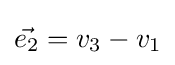
{\vec {e_{2}}}=v_{3}-v_{1}